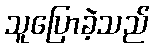
သူပြောခဲ့သည်